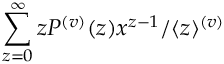
\sum _ { z = 0 } ^ { \infty } z P ^ { ( v ) } ( z ) x ^ { z - 1 } / \langle z \rangle ^ { ( v ) }